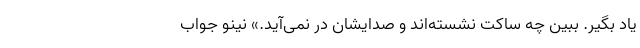
یاد بگیر. ببین چه ساکت نشسته‌اند و صدایشان در نمی‌آید.» نینو جواب